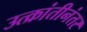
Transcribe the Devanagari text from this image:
उत्क्रांतीनंतर